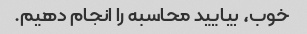
خوب، بیایید محاسبه را انجام دهیم.